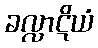
ခလ္လာဋိယံ